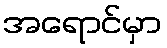
အရောင်မှာ